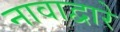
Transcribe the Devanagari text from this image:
नावाद्वारे